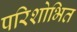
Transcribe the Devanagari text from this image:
परिशोभित